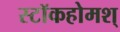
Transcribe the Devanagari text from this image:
स्टॉकहोमश्